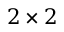
2 \times 2